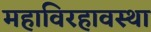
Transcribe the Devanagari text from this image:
महाविरहावस्था